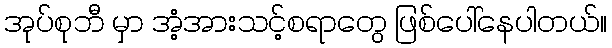
အုပ်စုဘီ မှာ အံ့အားသင့်စရာတွေ ဖြစ်ပေါ်နေပါတယ်။